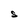
Character: S